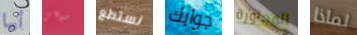
أيها سيسى نستطع جوابك المجاورة لماذا